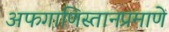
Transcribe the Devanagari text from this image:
अफगाणिस्तानप्रमाणे